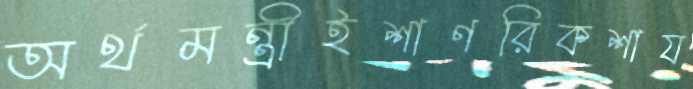
অর্থমন্ত্রীইশাণরিকশায